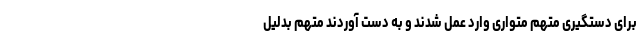
برای دستگیری متهم متواری وارد عمل شدند و به دست آوردند متهم بدلیل